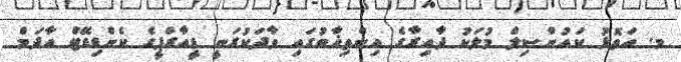
މ. އަތޮޅު ކައުންސިލް މުލަކު ދާއިރާގެ އިންތިޚާބުގައި ވާދަކުރަނީ ޑީއާރްޕީގެ ކެންޑިޑޭޓް އާދަމް